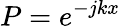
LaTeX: P=e^{-jkx}